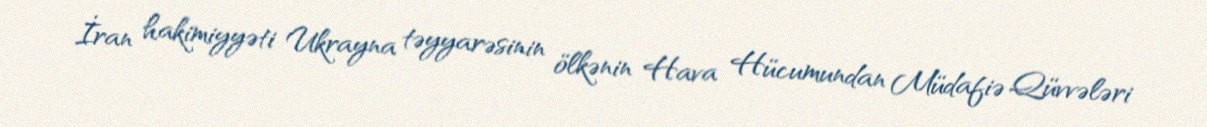
İran hakimiyyəti Ukrayna təyyarəsinin ölkənin Hava Hücumundan Müdafiə Qüvvələri